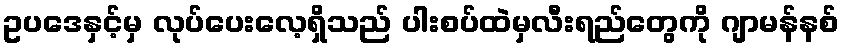
ဥပဒေနှင့်မှ လုပ်ပေးလေ့ရှိသည် ပါးစပ်ထဲမှလီးရည်တွေကို ဂျာမန်နစ်